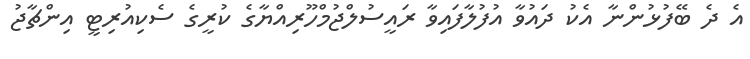
އެ ދެ ބޭފުޅުންނާ އެކު ދައުވާ އުފުލާފައިވާ ރައީސުލްޖުމްހޫރިއްޔާގެ ކުރީގެ ސެކިއުރިޓީ އިންޗާޖު